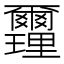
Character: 𨤻